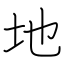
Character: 地